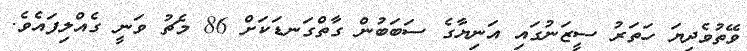
ވޭތުވެދިޔަ ހަތަރު ސީޒަނުގައި އަނިޔާގެ ސަބަބުން ގާތްގަނޑަކަށް 86 މެޗު ވަނީ ގެއްލިފައެވެ.